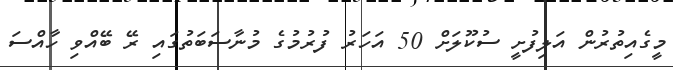
މީގެއިތުރުން އަލިފުށީ ސުކޫލަށް 50 އަހަރު ފުރުމުގެ މުނާސަބަތުގައި ރޭ ބޭއްވި ހާއްސަ